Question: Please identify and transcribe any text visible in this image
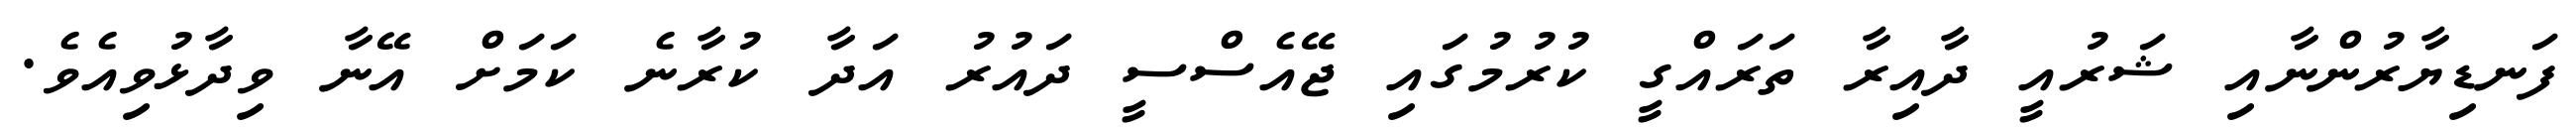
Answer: ފަނޑިޔާރުންނާއި ޝަރުއީ ދާއިރާ ތަރައްގީ ކުރުމުގައި ޖޭއެސްސީ ދައުރު އަދާ ކުރާނެ ކަމަށް އޭނާ ވިދާޅުވިއެވެ.